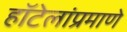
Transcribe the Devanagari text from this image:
हॉटेलांप्रमाणे